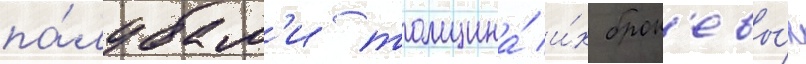
па́лубам'и толщина́ и́х брон'евы́х